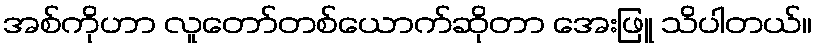
အစ်ကိုဟာ လူတော်တစ်ယောက်ဆိုတာ အေးဖြူ သိပါတယ်။